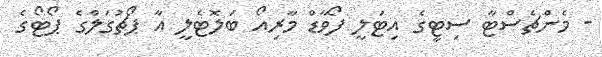
- މެންޗެސްޓާ ސިޓީގެ އިޓަލީ ފޯވާޑް މާރިއޯ ބަލޮޓެލީ އާ ޕޯޗުގަލްގެ ޕޯޓޯގެ